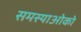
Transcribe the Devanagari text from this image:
समस्याओको